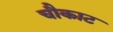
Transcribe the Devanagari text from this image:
चौकाट